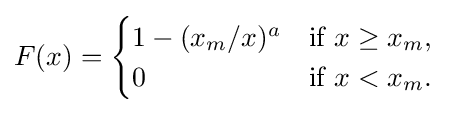
F(x)={\begin{cases}1-(x_{m}/x)^{a}&{\text{if }}x\geq x_{m},\\0&{\text{if }}x<x_{m}.\end{cases}}